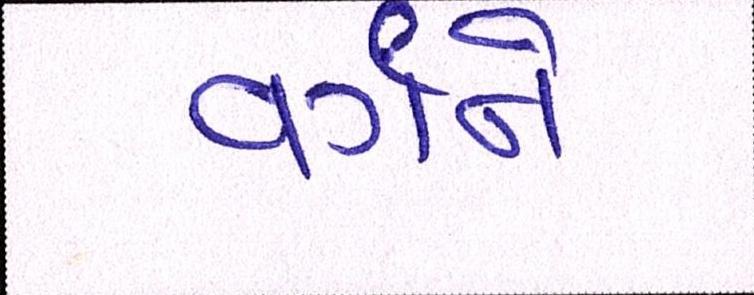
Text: વર્ગને